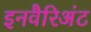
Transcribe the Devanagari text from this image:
इनवैरिअंट